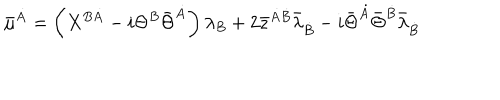
LaTeX: \bar { \mu } ^ { \dot { A } } = \left( X ^ { B \dot { A } } - i \Theta ^ { B } \bar { \Theta } ^ { \dot { A } } \right) \lambda _ { B } + 2 \bar { z } ^ { \dot { A } \dot { B } } \bar { \lambda } _ { \dot { B } } - i \bar { \Theta } ^ { \dot { A } } \bar { \Theta } ^ { \dot { B } } \bar { \lambda } _ { \dot { B } }